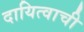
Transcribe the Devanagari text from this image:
दायित्वाची